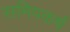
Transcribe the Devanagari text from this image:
समिपकर्ष